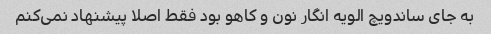
به جای ساندویچ الویه انگار نون و کاهو بود فقط اصلا پیشنهاد نمی‌کنم